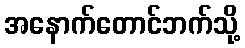
အနောက်တောင်ဘက်သို့